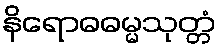
နိရောဓဓမ္မသုတ္တံ